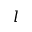
l